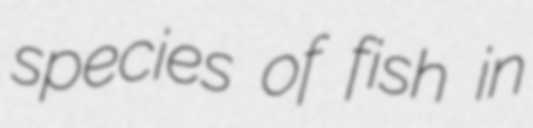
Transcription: species of fish in